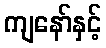
ကျနော်နှင့်